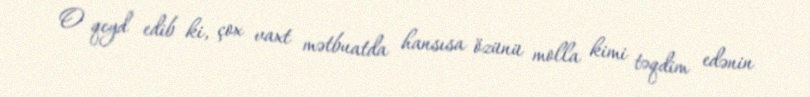
O qeyd edib ki, çox vaxt mətbuatda hansısa özünü molla kimi təqdim edənin